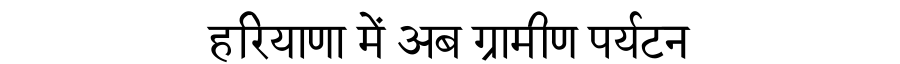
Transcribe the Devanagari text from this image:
हरियाणा में अब ग्रामीण पर्यटन